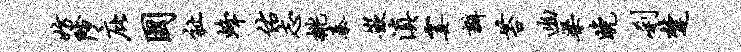
妨陟庇国祉蜂佑志桃秦嵌滇霎瓣苔幽梁晚刹楚